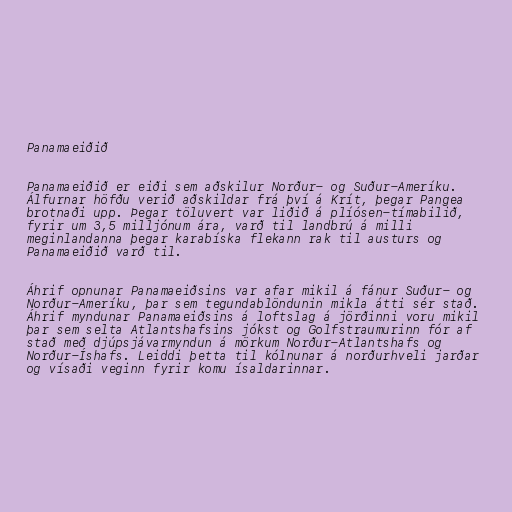
Panamaeiðið

Panamaeiðið er eiði sem aðskilur Norður- og Suður-Ameríku.
Álfurnar höfðu verið aðskildar frá því á Krít, þegar Pangea
brotnaði upp. Þegar töluvert var liðið á plíósen-tímabilið,
fyrir um 3,5 milljónum ára, varð til landbrú á milli
meginlandanna þegar karabíska flekann rak til austurs og
Panamaeiðið varð til.

Áhrif opnunar Panamaeiðsins var afar mikil á fánur Suður- og
Norður-Ameríku, þar sem tegundablöndunin mikla átti sér stað.
Áhrif myndunar Panamaeiðsins á loftslag á jörðinni voru mikil
þar sem selta Atlantshafsins jókst og Golfstraumurinn fór af
stað með djúpsjávarmyndun á mörkum Norður-Atlantshafs og
Norður-Íshafs. Leiddi þetta til kólnunar á norðurhveli jarðar
og vísaði veginn fyrir komu ísaldarinnar.